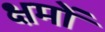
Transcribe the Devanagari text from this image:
क्षमों